Black-water fever - Number 35
Disease focus: Fever
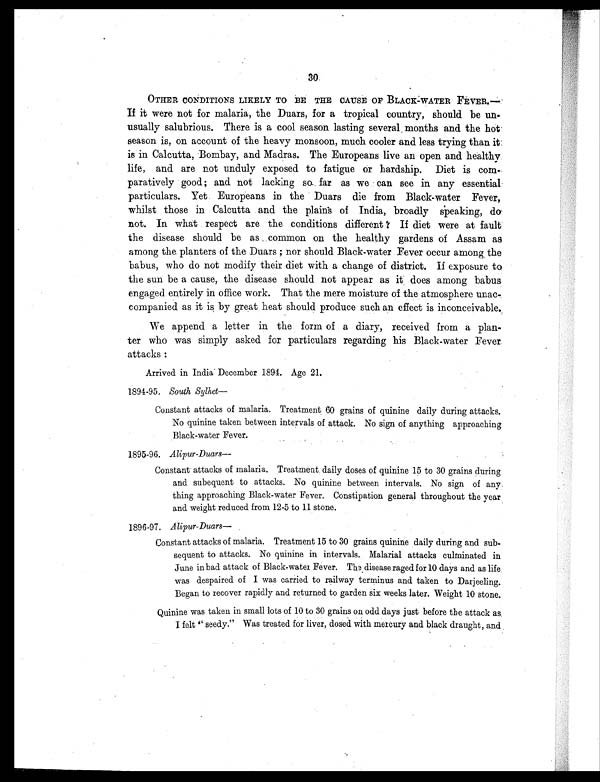
30.
OTHER CONDITIONS LIKELY TO BE THE CAUSE OF BLACK-WATER FEVER.—
If it were not for malaria, the Duars, for a tropical country, should be un
- u s u a l l y s a l u b r i o u s . T h e r e i s a c o o l s e a s o n l a s t i n g s e v e r a l m o n t h s a n d t h e h o t
season is, on account of the heavy monsoon, much cooler and less trying than it:
is in Calcutta, Bombay, and Madras. The Europeans live an open and healthy
life, and are not unduly exposed to fatigue or hardship. Diet is co
m - p a r a t i v e l y g o o d ; a n d n o t l a c k i n g s o . f a r a s w e c a n s e e i n a n y e s s e n t i a l
particulars. Yet Europeans in the Duars die from Black-water Fever,
whilst those in Calcutta and the plain's of India, broadly speaking,
not. In what respect are the conditions different? If diet were at fault
the disease should be as common on the healthy gardens of Assam as
among the planters of the Duars ; nor should Black-water Fever occur among the
babus, who do not modify their diet with a change of district. If exposure to
the sun be a cause, the disease should not appear as it does among babus
engaged entirely in office work. That the mere moisture of the atmosphere unac-
companied as it is by great heat should produce such an effect is inconceivable.,
We append a letter in the form of a diary, received from a plan
ter who was simply asked for particulars regarding his Black-water Fever.
attacks :
Arrived in India December 1894. Age 21.
1894-95. South Sylhet
—
Constant attacks of malaria. Treatment 60 grains of quinine daily during attacks.
No quinine taken between intervals of attack. No sign of anything approaching
Black-water Fever.
1895-96. Alipur-Duars —
Constant attacks of malaria. Treatment daily doses of quinine 15 to 30 grains during
and subequent to attacks. No quinine between intervals. No sign of any.
thing approaching Black-water Fever. Constipation general throughout the year
and weight reduced from 12-5 to 11 stone.
1896-97. Alipur-Duars
—
Constant attacks of malaria. Treatment 15 to 30 grains quinine daily during and sub
- s e q u e n t t o a t t a c k s . N o q u i n i n e i n i n t e r v a l s . M a l a r i a l a t t a c k s c u l m i n a t e d i n
June i n bad at t ack of Bl ack- wat er Fever . The di sease r aged f or 10 days and as l i f e
was despaired of I was carried to railway terminus and taken to Darjeeling.
Began to recover rapidly and returned to garden six weeks later. Weight 10 stone.
Quinine was taken in small lots of 10 to 30 grains on odd days just before the attack as,
I felt " seedy." Was treated for liver, dosed with mercury and black draught, and